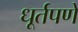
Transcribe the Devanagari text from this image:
धूर्तपणे